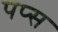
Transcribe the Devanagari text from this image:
पप्स